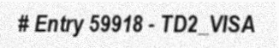
# Entry 59918 - TD2_VISA